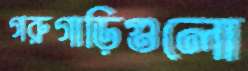
গরুগাড়িগুলো